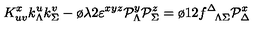
K _ { u v } ^ { x } k _ { \Lambda } ^ { u } k _ { \Sigma } ^ { v } - { \o { \lambda } { 2 } } \varepsilon ^ { x y z } { \cal P } _ { \Lambda } ^ { y } { \cal P } _ { \Sigma } ^ { z } = { \o { 1 } { 2 } } f _ { \phantom { \Delta } \Lambda \Sigma } ^ { \Delta } { \cal P } _ { \Delta } ^ { x }